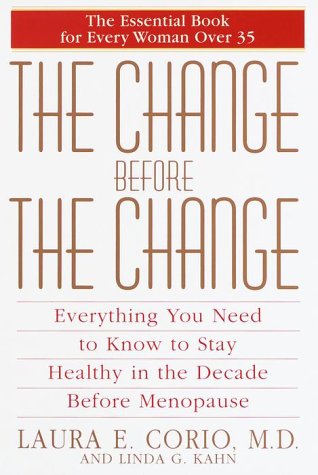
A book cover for The Change Before the Change : Everything You Need to Know to Stay Healthy in the Decade Before Menopause; Laura E. Corio MD; Health, Fitness & Dieting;